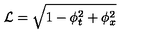
\mathcal { L } = \sqrt { 1 - \phi _ { t } ^ { 2 } + \phi _ { x } ^ { 2 } }